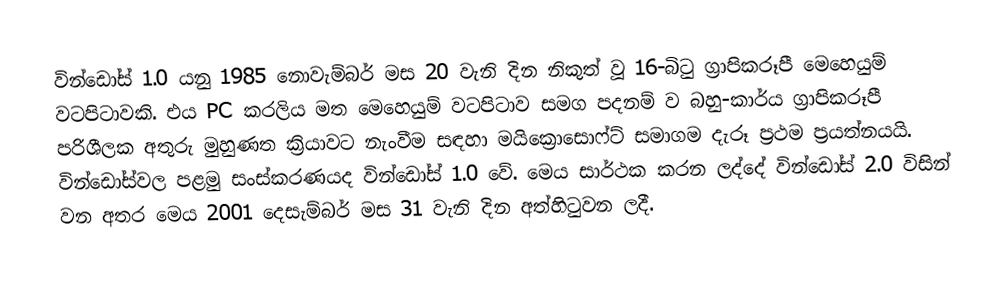
වින්ඩෝස් 1.0 යනු 1985 නොවැම්බර් මස 20 වැනි දින නිකුත් වූ 16-බිටු ග්‍රාපිකරූපී මෙහෙයුම් වටපිටාවකි. එය  PC කරලිය මත මෙහෙයුම් වටපිටාව සමග පදනම් ව බහු-කාර්ය ග්‍රාපිකරූපී පරිශීලක අතුරු මුහුණත ක්‍රියාවට නැංවීම සඳහා මයික්‍රොසොෆ්ට් සමාගම දැරූ ප්‍රථම ප්‍රයත්නයයි. වින්ඩෝස්වල පළමු සංස්කරණයද වින්ඩෝස් 1.0 වේ. මෙය සාර්ථක කරන ලද්දේ වින්ඩෝස් 2.0 විසින් වන අතර මෙය 2001 දෙසැම්බර් මස 31 වැනි දින අත්හිටුවන ලදී.